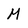
Character: M